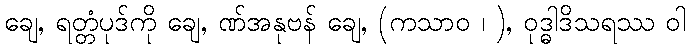
ချေ, ရတ္တံပုဒ်ကို ချေ, ဏ်အနုဗန် ချေ, (ကသာဝ ၊ ), ဝုဒ္ဓါဒိသရဿ ဝါ